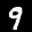
Label: 9